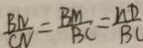
\frac { B N } { C N } = \frac { B M } { B C } = \frac { n D } { B C }